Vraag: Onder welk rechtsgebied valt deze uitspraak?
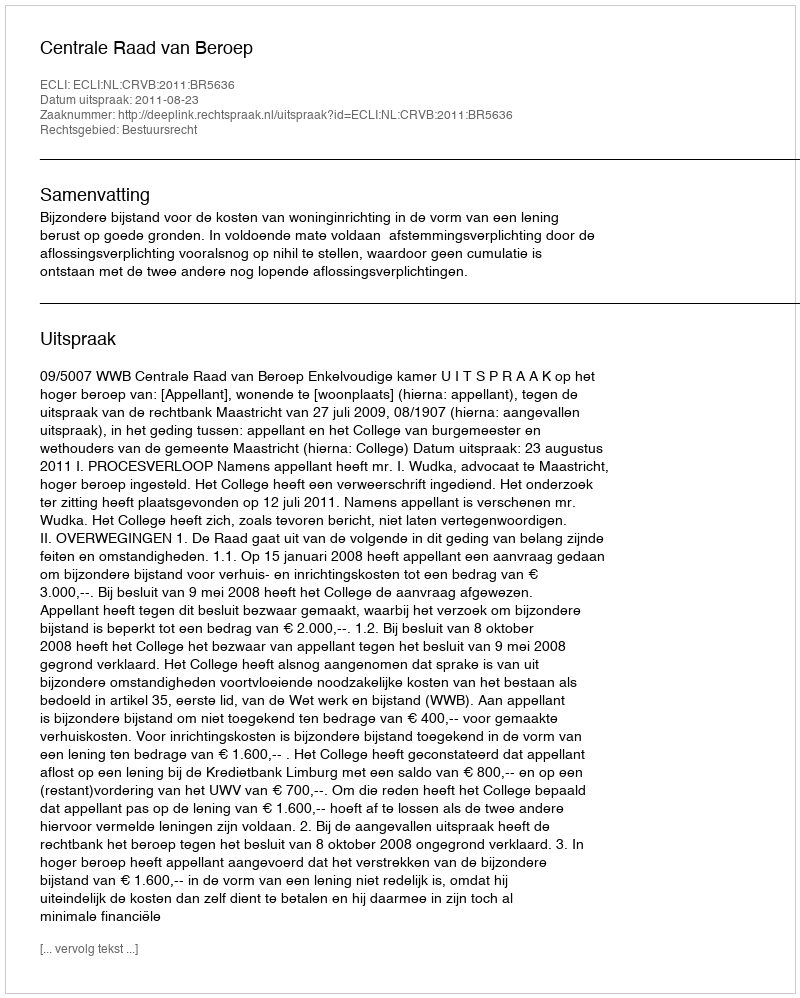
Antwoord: Bestuursrecht